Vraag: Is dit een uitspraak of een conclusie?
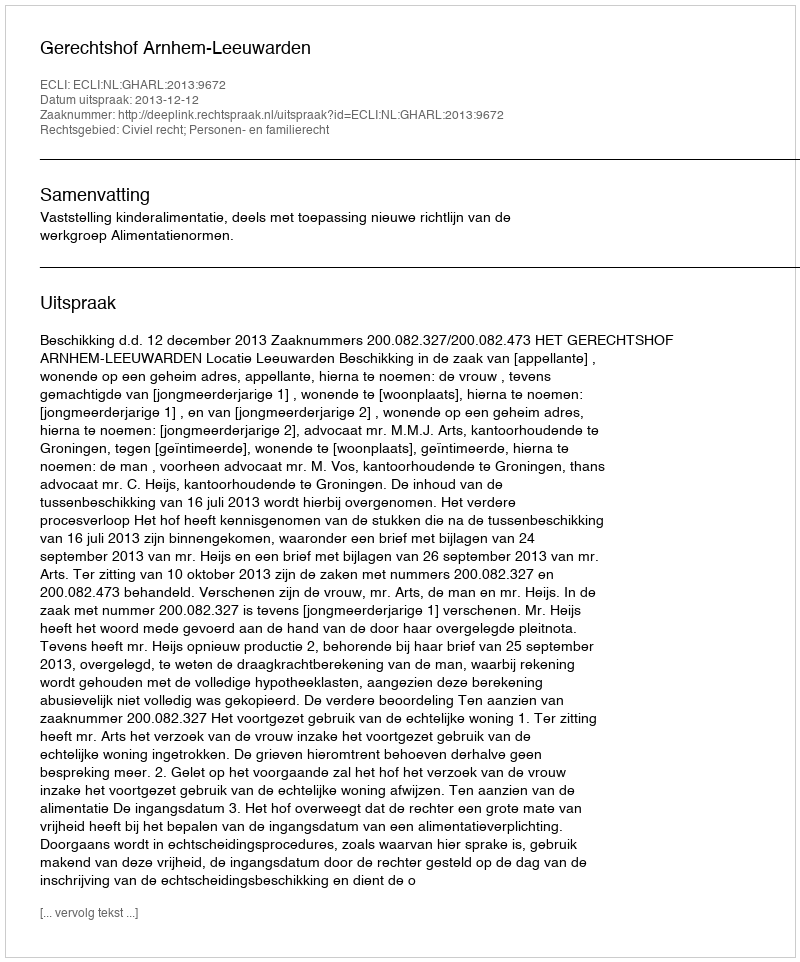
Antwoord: Uitspraak